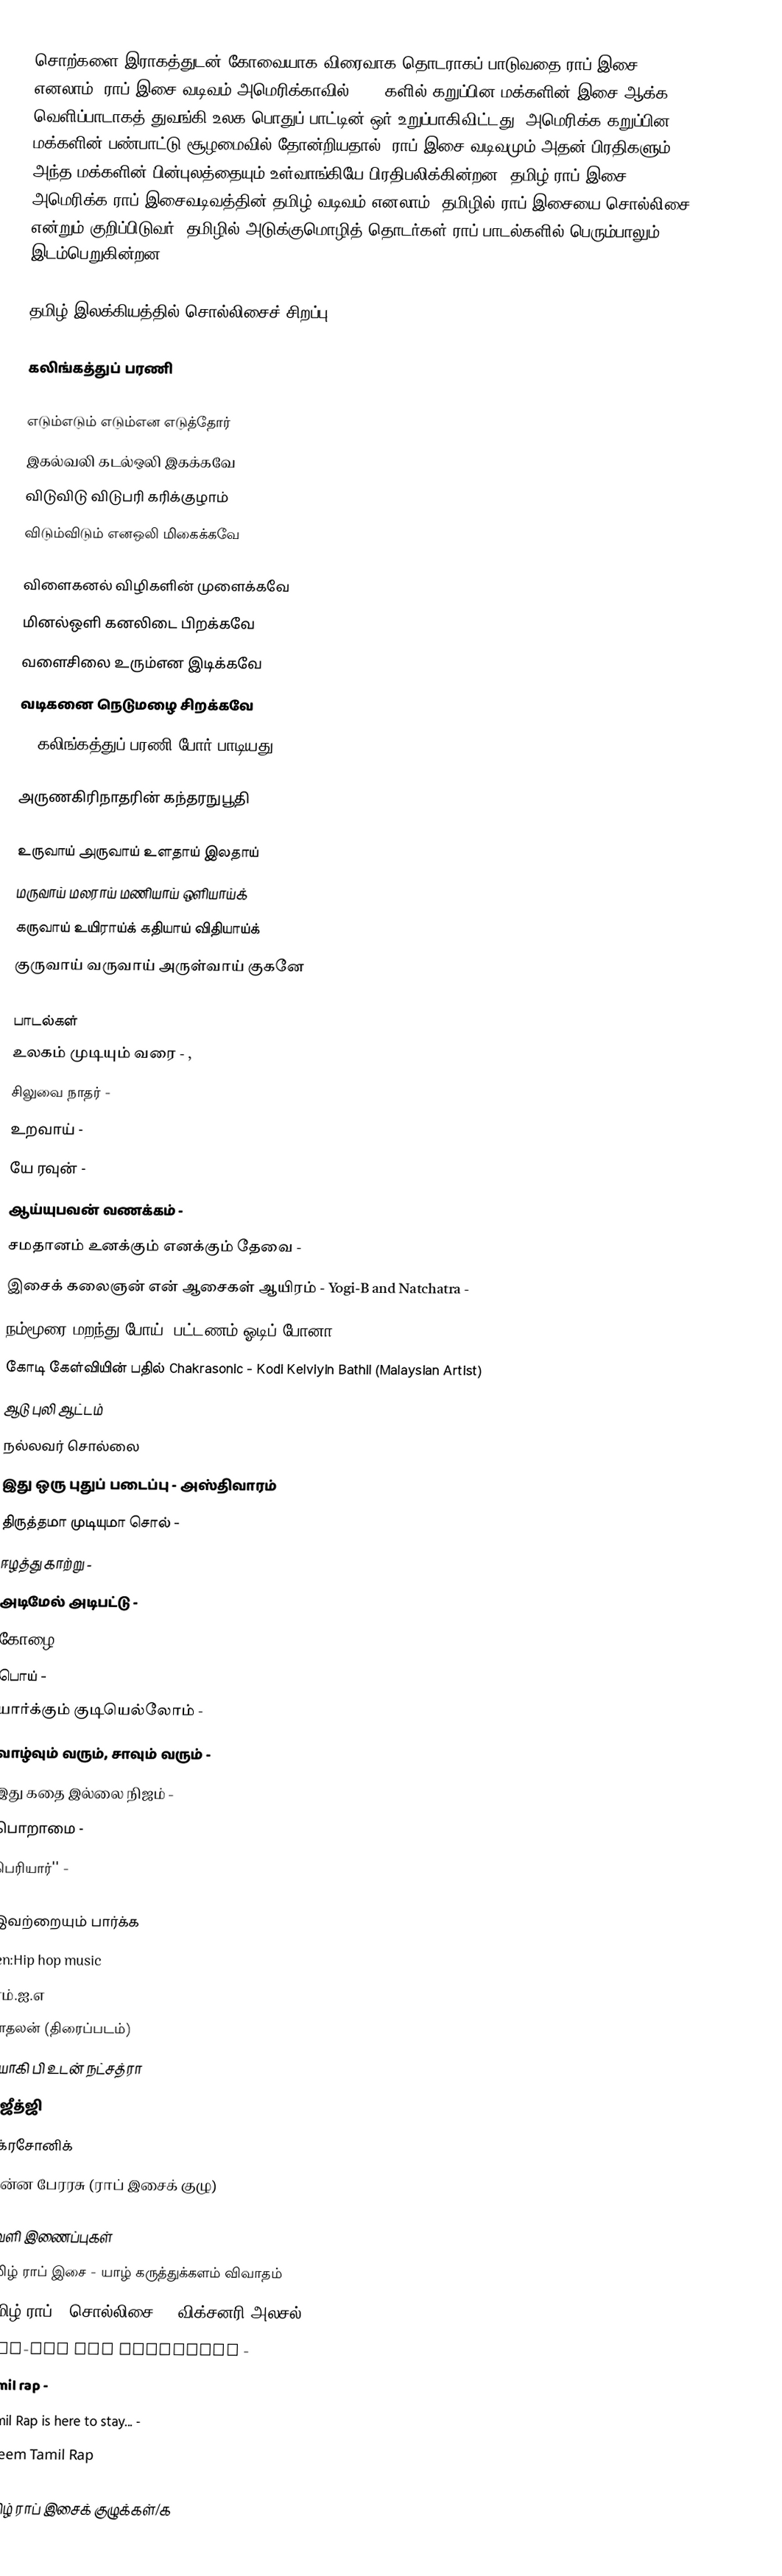
சொற்களை இராகத்துடன் கோவையாக விரைவாக தொடராகப் பாடுவதை ராப் இசை எனலாம்.  ராப் இசை வடிவம் அமெரிக்காவில் 1970 களில் கறுப்பின மக்களின் இசை ஆக்க வெளிப்பாடாகத் துவங்கி உலக பொதுப் பாட்டின் ஒர் உறுப்பாகிவிட்டது.  அமெரிக்க கறுப்பின மக்களின் பண்பாட்டு சூழமைவில் தோன்றியதால், ராப் இசை வடிவமும் அதன் பிரதிகளும் அந்த மக்களின் பின்புலத்தையும் உள்வாங்கியே பிரதிபலிக்கின்றன.  தமிழ் ராப் இசை அமெரிக்க ராப் இசைவடிவத்தின் தமிழ் வடிவம் எனலாம்.  தமிழில் ராப் இசையை சொல்லிசை என்றும் குறிப்பிடுவர்.  தமிழில் அடுக்குமொழித் தொடர்கள் ராப் பாடல்களில் பெரும்பாலும் இடம்பெறுகின்றன.

தமிழ் இலக்கியத்தில் சொல்லிசைச் சிறப்பு

கலிங்கத்துப் பரணி

எடும்எடும் எடும்என எடுத்தோர்
இகல்வலி கடல்ஒலி இகக்கவே
விடுவிடு விடுபரி கரிக்குழாம்
விடும்விடும் எனஒலி மிகைக்கவே

விளைகனல்  விழிகளின் முளைக்கவே
மினல்ஒளி கனலிடை பிறக்கவே
வளைசிலை உரும்என இடிக்கவே
வடிகனை நெடுமழை சிறக்கவே
12_கலிங்கத்துப்_பரணி_போர்_பாடியது

அருணகிரிநாதரின் கந்தரநுபூதி

உருவாய் அருவாய் உளதாய் இலதாய்
மருவாய் மலராய் மணியாய் ஒளியாய்க்
கருவாய் உயிராய்க் கதியாய் விதியாய்க்
குருவாய் வருவாய் அருள்வாய் குகனே

பாடல்கள்
 உலகம் முடியும் வரை - ,
 சிலுவை நாதர் -
 உறவாய் -
 யே ரவுன் -
 ஆய்யுபவன் வணக்கம் -
 சமதானம் உனக்கும் எனக்கும் தேவை -
 இசைக் கலைஞன் என் ஆசைகள் ஆயிரம் - Yogi-B and Natchatra -
 நம்மூரை மறந்து போய், பட்டணம் ஓடிப் போனா" - Gajan&Dinesh -
 கோடி கேள்வியின் பதில் Chakrasonic - Kodi Kelviyin Bathil (Malaysian Artist)
 ஆடு புலி ஆட்டம்
 நல்லவர் சொல்லை
 இது ஒரு புதுப் படைப்பு - அஸ்திவாரம்
 திருத்தமா முடியுமா சொல் -
 ஈழத்து காற்று -
 அடிமேல் அடிபட்டு -
 கோழை -
 பொய் -
 யார்க்கும் குடியெல்லோம் -
 வாழ்வும் வரும், சாவும் வரும் -
 இது கதை இல்லை நிஜம் -
 பொறாமை -
 பெரியார்'' -

இவற்றையும் பார்க்க
 :en:Hip hop music
 எம்.ஐ.எ
 காதலன் (திரைப்படம்)
 யோகி பி உடன் நட்சத்ரா
 சுஜீத்ஜி
 சக்ரசோனிக்
 சின்ன பேரரசு (ராப் இசைக் குழு)

வெளி இணைப்புகள்
 தமிழ் ராப் இசை - யாழ் கருத்துக்களம் விவாதம்
 தமிழ் ராப் - சொல்லிசை! - விக்சனரி அலசல்
 Hip-Hop and Tamilians  -
 Tamil rap -
 Tamil Rap is here to stay...  -
 Imeem Tamil Rap

தமிழ் ராப் இசைக் குழுக்கள்/க